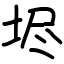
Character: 𡋤